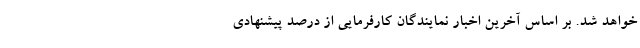
خواهد شد. بر اساس آخرین اخبار نمایندگان کارفرمایی از درصد پیشنهادی